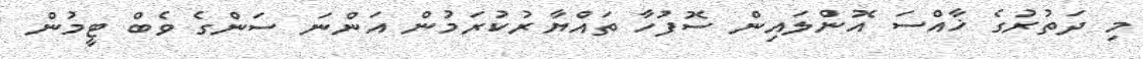
މި ދަތުރުގެ ޚާއްސަ އޮންލައިން ސޮފުހާ ތައްޔާރުކުރަމުން އަންނަ ސަންގެ ވެބް ޓީމުން